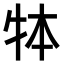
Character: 𤙃